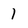
Character: l